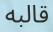
قالبه